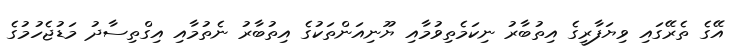
އޭގެ ތެރޭގައި ވިޔަފާރީގެ އިތުބާރު ނިކަމެތިވުމާއި ޔޫނިއަންތަކުގެ އިތުބާރު ނެތުމާއި އިގްތިސާދު މަޑުޖެހުމުގެ